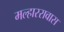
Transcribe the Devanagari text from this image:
मल्हाररावास